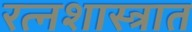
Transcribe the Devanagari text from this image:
रत्नशास्त्रात